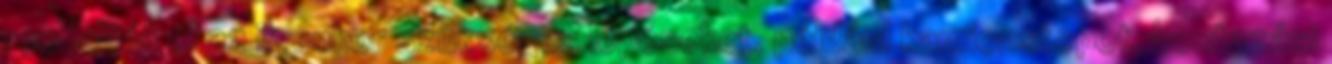
rendelték el az ilyenkor szükséges lépéseket, például kamionstopot, beutazási